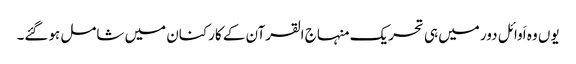
یوں وہ اَوائل دور میں ہی تحریک منہاج القرآن کے کارکنان میں شامل ہوگئے۔